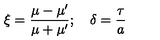
\xi = \frac { \mu - \mu ^ { \prime } } { \mu + \mu ^ { \prime } } ; \quad \delta = \frac { \tau } { a }